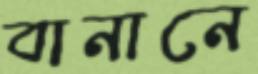
বানানে